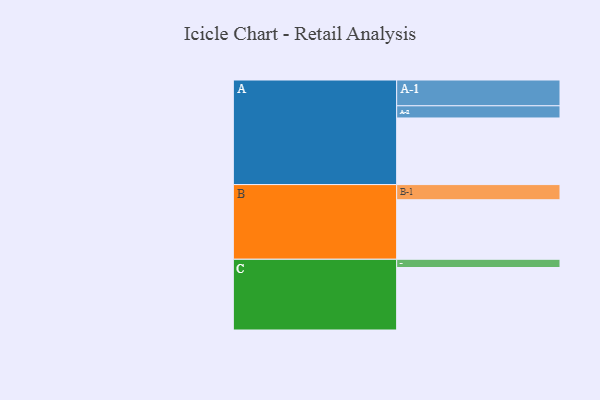
{"axis": {"x": "Segment", "y": "Value"}, "legend": ["", "A", "B", "C"], "data": [{"x": "A", "y": 470, "type": ""}, {"x": "B", "y": 420, "type": ""}, {"x": "C", "y": 441, "type": ""}, {"x": "A-1", "y": 182, "type": "A"}, {"x": "A-2", "y": 86, "type": "A"}, {"x": "B-1", "y": 107, "type": "B"}, {"x": "C-1", "y": 58, "type": "C"}]}